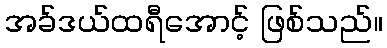
အခ်ဒယ်ထရီအောင့် ဖြစ်သည်။